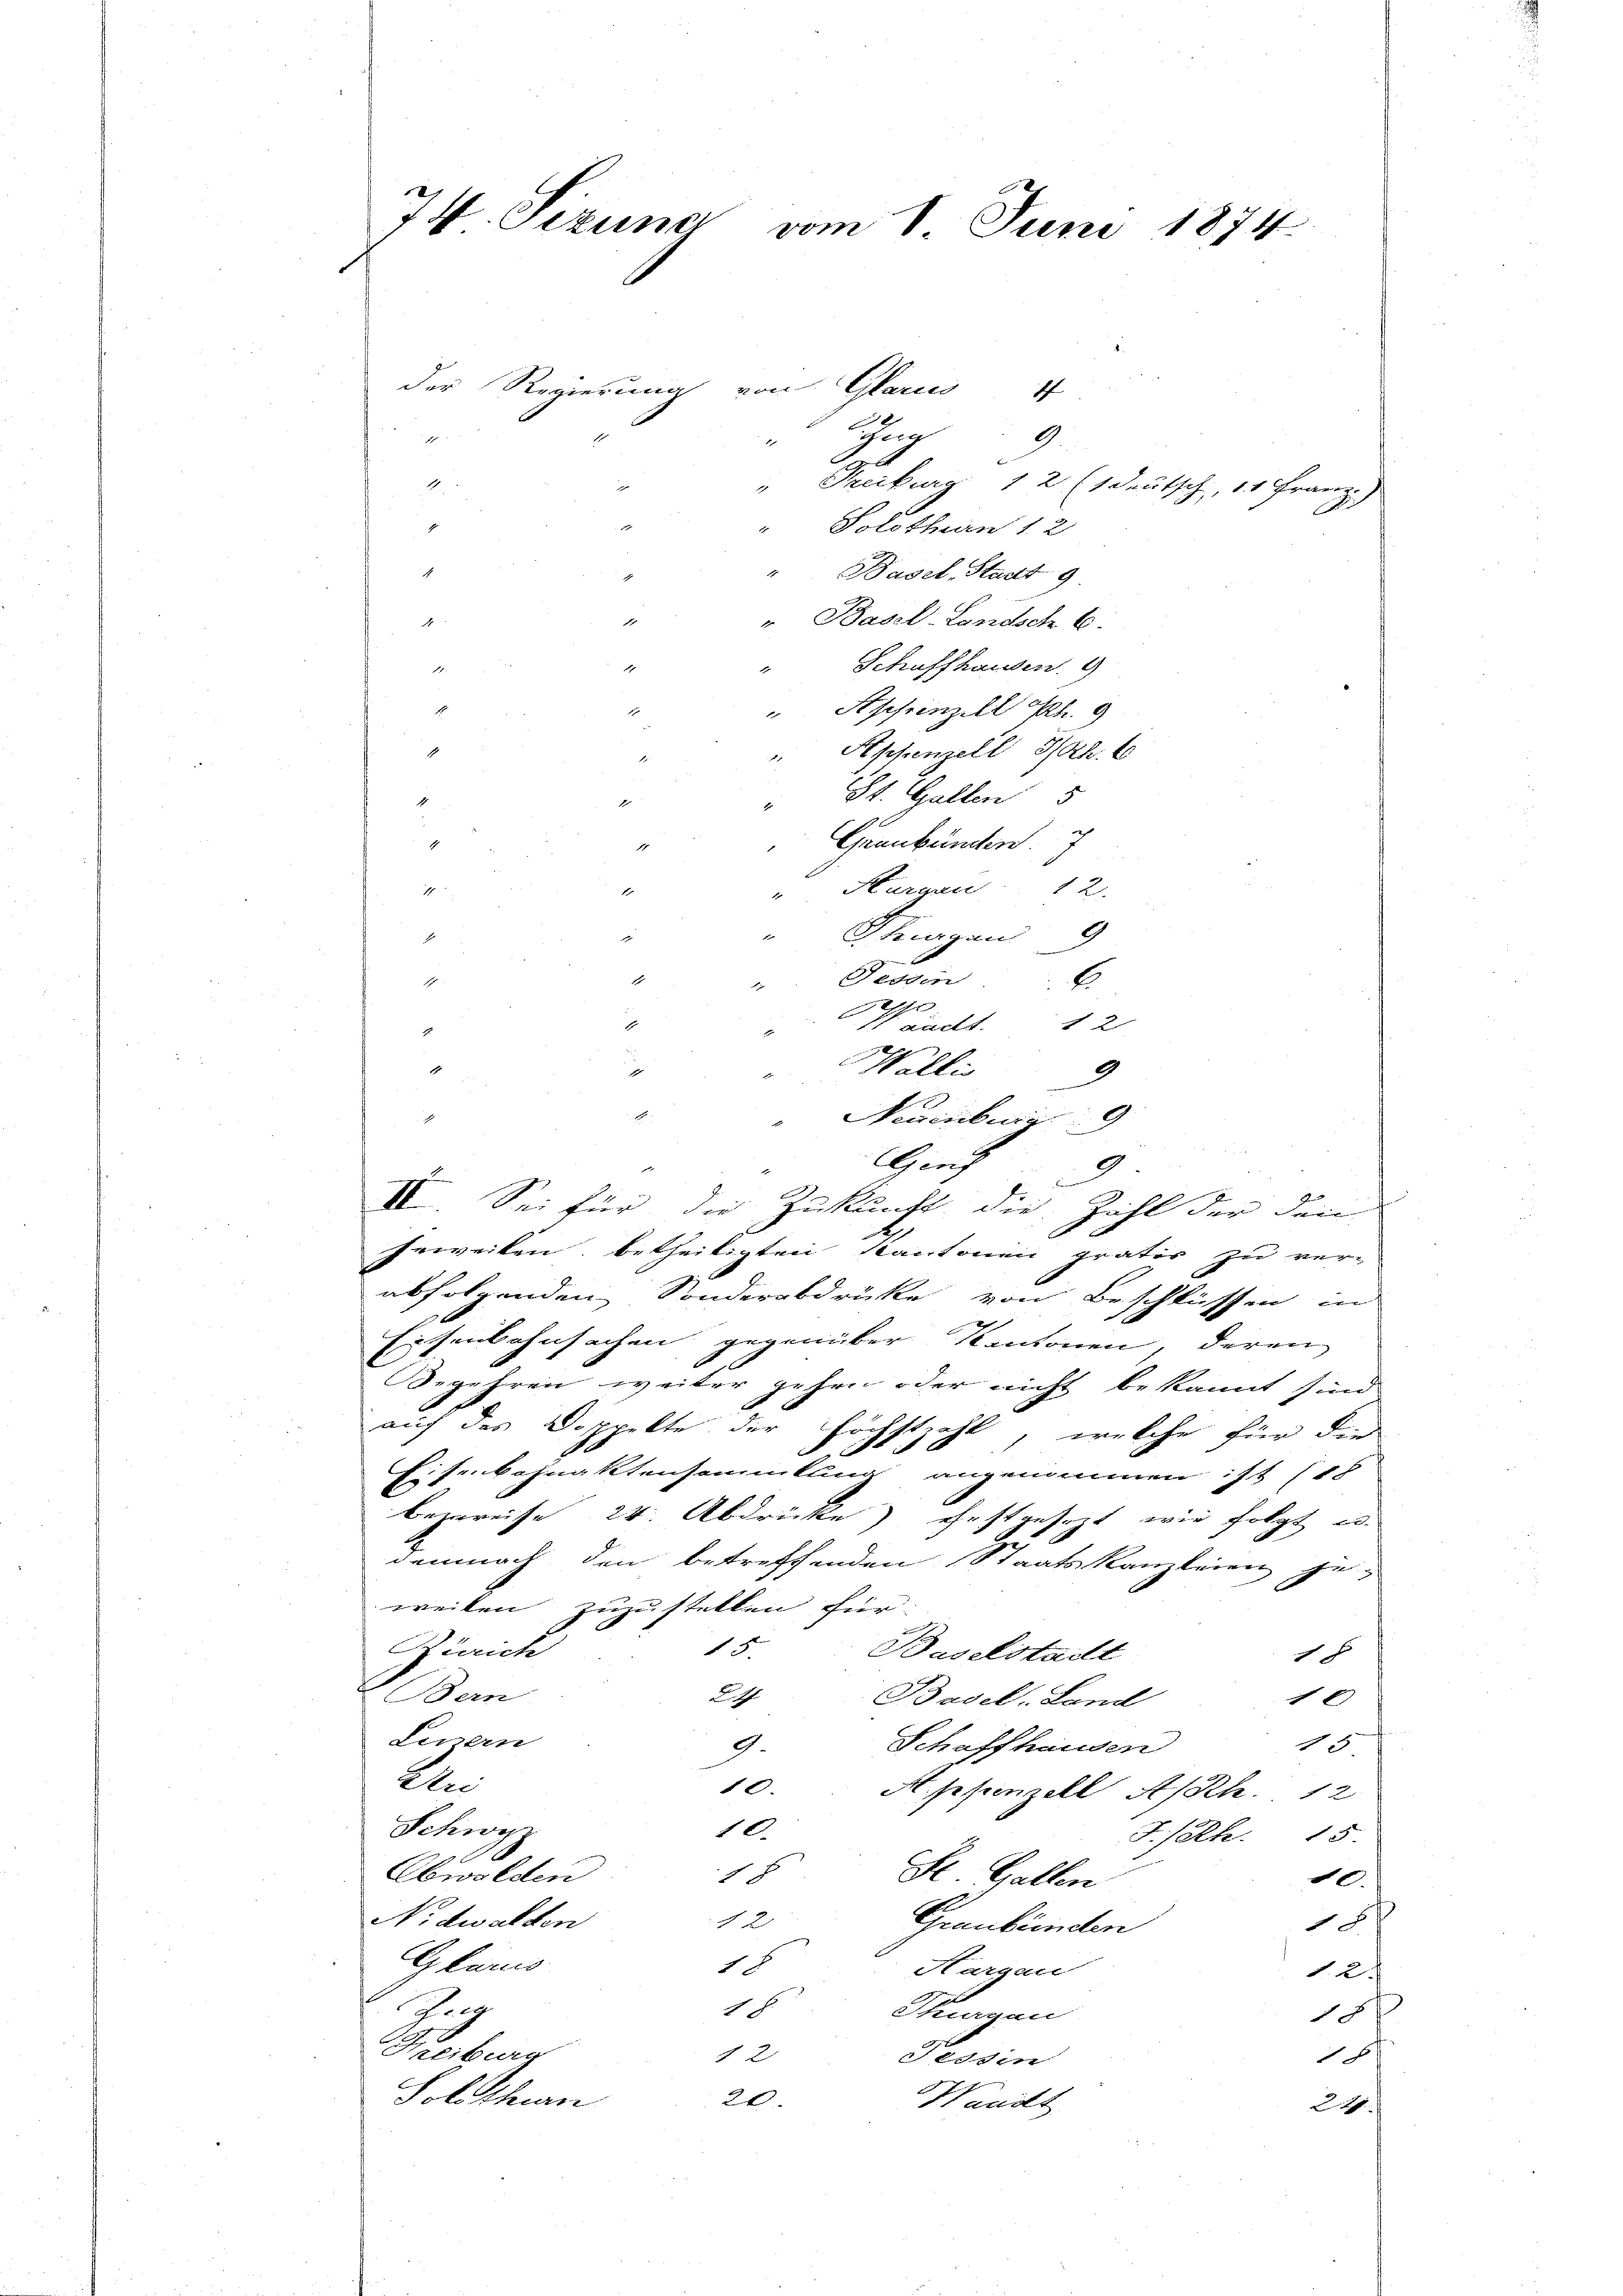
74. Sezung vom 8. Juni 1874.
der Regierung von Glarus 4
ung

9

1
" Freiburg 12 (1 Deutsch, 11 Franz)
" Solothurn 12
Basel, Stadt 9
" Basel-Landsch C.
2
Schaffhausen. 9
Asprinzell l. 9
Appenzell I/Rh.
St. Gallen 5
7
Graubünden.
Thurgau 12.
17
Thurgau
A
Feddin
E
1
r
1 Lackt. 12
Wallis
1
9
Neuenburg 9
Er
Genf
2
II. Sei für die Zukunft die Zahl der den
jeweiben betheiligten Kantonen gratis zu ver-
abfolgenden Sonderabdrücke von Beschlüssen in
Eisenbahnsachen gegenüber Kantonen, deren
Begehren weiter gehen oder nicht bekannt sind
auf das Doppelte der höchstzahl, welche für den
¬
Eisenbahnaktensammlung angenommen ist (18
Bezweise 24. Abdrücke) festgesezt wie folgt es
demnach den betreffenden Staatskanzleien je-
weiten zuzustellen für
15.
Zürich
Baselstadt
18
Ben
F
1 x
Basel, Land
Luzern
1
Schaffhausen
G.
En
10.
A. sehenzell A/Rh. 12
Schwyz
10.
F.Rh. 15.
Obwalden
.
St. Gallen
10.
Nidwalden
12
h
Graubünden
Gkanis
1
Hargau
12.
Thurg
2
Thurgau
18
Freiburg
12
h
Seiden
Solothurn
20.
Wands
22

d

J
9